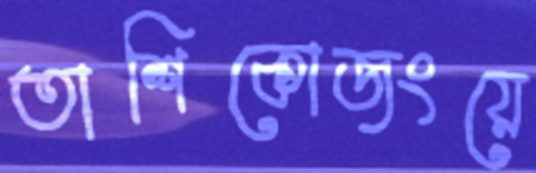
তাশিকোজংয়ে